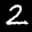
Label: 2